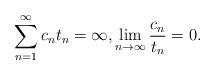
LaTeX: \begin{align*}\sum_{n=1}^\infty c_nt_n=\infty,\lim_{n\to\infty}\frac{c_n}{t_n}=0.\end{align*}